Rangoon Lunatic Asylum 1878-1892 - 1878-1892
Year: 1878
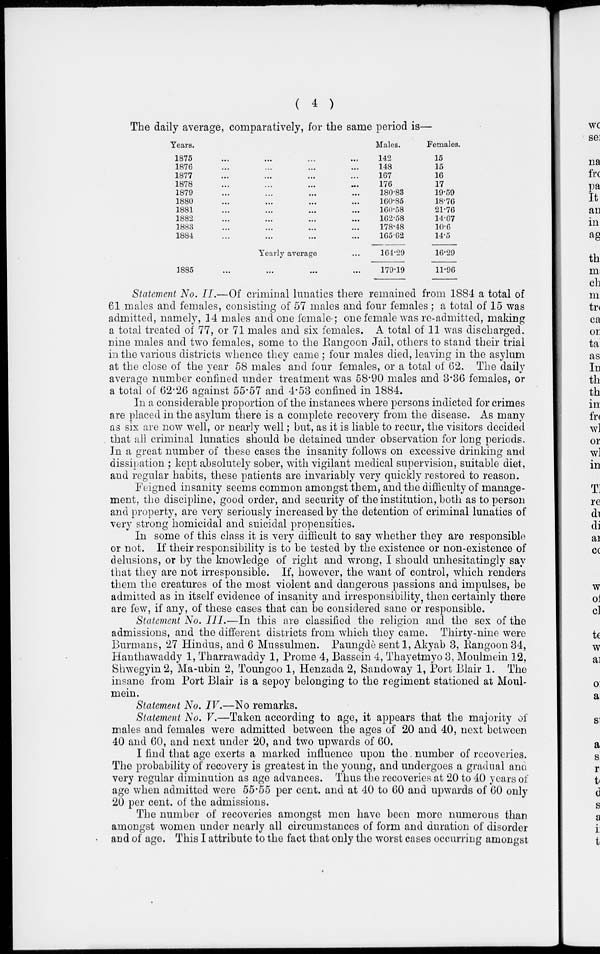
( 4 )
The daily average, comparatively, for the same period is—
Years.
1875 ... ... ... ...
1876 ... ... ... ...
1877 ... ... ... ...
1878 ... ... ... ...
1879 ... ... ... ...
1880 ... ... ... ...
1881 ... ... ... ...
1882 ... ... ... ...
1883 ... ... ... ...
1884 ... ... ... ...
Yearly average ...
1885 ... ... ... ...
Males.
142
148
167
176
180.83
160.85
160.58
162.58
178.48
165.62
164.29
179.19
Females.
15
15
16
17
19.59
18.76
21.76
14.67
10.6
14.5
16.29
11.96
Statement No. II.—Of criminal lunatics there remained from 1884 a total of
61 males and females, consisting of 57 males and four females; a total of 15 was
admitted, namely, 14 males and one female-; one female was re-admitted, making
a total treated of 77, or 71 males and six females. A total of 11 was discharged,
nine males and two females, some to the Rangoon Jail, others to stand their trial
in the various districts whence they came ; four males died, leaving in the asylum
at the close of the year 58 males and four females, or a total of 62. The daily
average number confined under treatment was 58.90 males and 3.36 females, or
a total of 62.26 against 55.57 and 4.53 confined in 1884.
In a considerable proportion of the instances where persons indicted for crimes
are placed in the asylum there is a complete recovery from the disease. As many
as six are now well, or nearly well ; but, as it is liable to recur, the visitors decided
that all criminal lunatics should be detained under observation for long periods.
In a great number of these cases the insanity follows on excessive drinking and
dissipation ; kept absolutely sober, with vigilant medical supervision, suitable diet,
and regular habits, these patients are invariably very quickly restored to reason.
Feigned insanity seems common amongst them, and the difficulty of manage-
ment, the discipline, good order, and security of the institution, both as to person
and property, are very seriously increased by the detention of criminal lunatics of
very strong homicidal and suicidal propensities.
In some of this class it is very difficult to say whether they are responsible
or not. If their responsibility is to be tested by the existence or non-existence of
delusions, or by the knowledge of right and wrong, I should unhesitatingly say
that they are not irresponsible. If, however, the want of control, which renders
them the creatures of the most violent and dangerous passions and impulses, be
admitted as in itself evidence of insanity and irresponsibility, then certainly there
are few, if any, of these cases that can be considered sane or responsible.
Statement No. III.—In this are classified the religion and the sex of the
admissions, and the different districts from which they came. Thirty-nine were
Burmans, 27 Hindus, and 6 Mussulmen. Paungdè sent 1, Akyab 3, Rangoon 34,
Hanthawaddy 1, Tharrawaddy 1, Prome 4, Bassein 4, Thayetmyo 3, Moulmein 12,
Shwegyin 2, Ma-ubin 2, Toungoo 1, Henzada 2, Sandoway 1, Port Blair 1. The
insane from Port Blair is a sepoy belonging to the regiment stationed at Moul-
mein.
Statement No. IV.—No remarks.
Statement No. V.—Taken according to age, it appears that the majority of
males and females were admitted between the ages of 20 and 40, next between
40 and 60, and next under 20, and two upwards of 60.
I find that age exerts a marked influence upon the number of recoveries.
The probability of recovery is greatest in the young, and undergoes a gradual and
very regular diminution as age advances. Thus the recoveries at 20 to 40 years of
age when admitted were 55.55 per cent. and at 40 to 60 and upwards of 60 only
20 per cent. of the admissions.
The number of recoveries amongst men have been more numerous than
amongst women under nearly all circumstances of form and duration of disorder
and of age. This I attribute to the fact that only the worst cases occurring amongst